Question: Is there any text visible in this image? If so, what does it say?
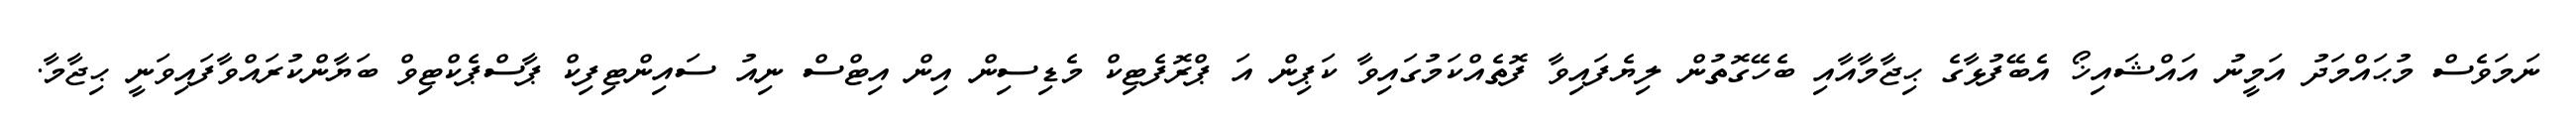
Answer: ނަމަވެސް މުޙައްމަދު އަމީނު އައްޝައިޚޯ އެބޭފުޅާގެ ޙިޖާމާއާއި ބެހޭގޮތުން ލިޔެފައިވާ ފޮތެއްކަމުގައިވާ ކަޕިން އަ ޕްރޮފެޓިކް މެޑިސިން އިން އިޓްސް ނިއު ސައިންޓިފިކް ޕާސްޕެކްޓިވް ބަޔާންކުރައްވާފައިވަނީ ޙިޖާމާ.